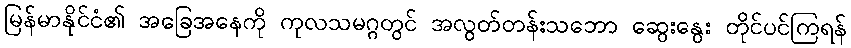
မြန်မာနိုင်ငံ၏ အခြေအနေကို ကုလသမဂ္ဂတွင် အလွတ်တန်းသဘော ဆွေးနွေး တိုင်ပင်ကြရန်